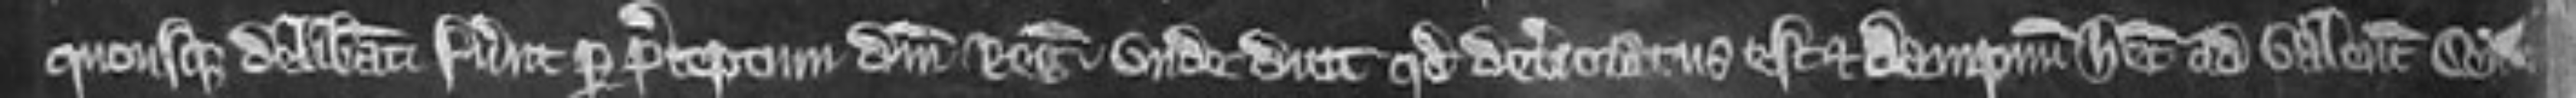
quousque deliberati fuerunt per preceptum domini regis. unde dicit quod deterioratus est et dampnum habet ad valenciam centum